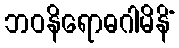
ဘဝနိရောဓဂါမိနိံ